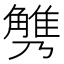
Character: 𧤪